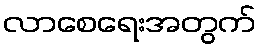
လာစေရေးအတွက်